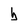
Character: b